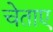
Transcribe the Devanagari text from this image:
चेताए